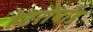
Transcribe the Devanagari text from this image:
हेटरोपॉड